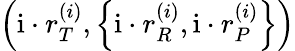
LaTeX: \left(\mathrm{i}\cdot r_{T}^{\left(i\right)},\left\{ \mathrm{i}\cdot r_{R}^{\left(i\right)},\mathrm{i}\cdot r_{P}^{\left(i\right)}\right\} \right)